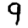
Digit: 9